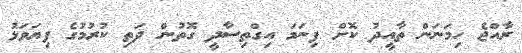
ރާއްޖެ ހިމަނަން ތާއީދު ކޮށް ފިނަމަ އިގްތިސާދީ ގޮތުން ދަތި ކުރުމުގެ ފިޔަވަޅު